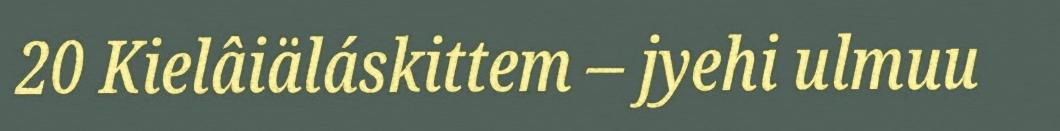
20 Kielâiäláskittem – jyehi ulmuu